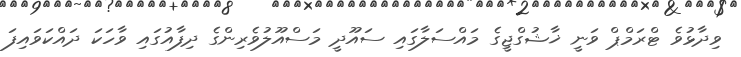
ވިދާޅުވެ ޓްރަމްޕް ވަނީ ޚާޝުގްޖީގެ މައްސަލާގައި ސައޫދީ މަސްއޫލުވެރިންގެ ދިފާއުގައި ވާހަކަ ދައްކަވައިފަ